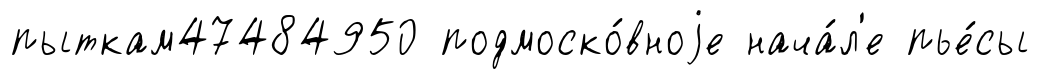
пыткам47484950 подмоско́вноjе нача́л'е пье́сы